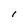
Character: l